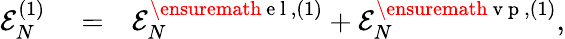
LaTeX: \begin{array}{rlr}{{\cal E}_{N}^{(1)}}&{{}=}&{{\cal E}_{N}^{\ensuremath{\mathrm{~e~l~}},(1)}+{\cal E}_{N}^{\ensuremath{\mathrm{~v~p~}},(1)},}\end{array}